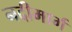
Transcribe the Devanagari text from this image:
नदीमार्ग